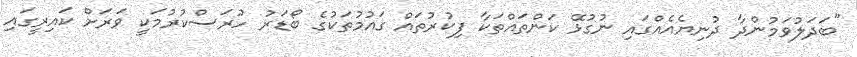
"ބަދަލުވަމުންދާ ދުނިޔެއެއްގައި ނުގުޅޭ ކަންތައްތަކާ ފިކުރުތައް ގައުމުތަކުގެ ބޯޑަރު ހުރަސްކުރުމަކީ ވަރަށް ކައިރީގައި